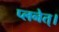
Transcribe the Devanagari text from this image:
प्लनेत्।